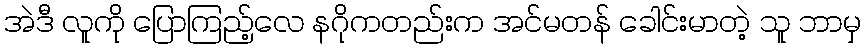
အဲဒီ လူကို ပြောကြည့်လေ နဂိုကတည်းက အင်မတန် ခေါင်းမာတဲ့ သူ ဘာမှ